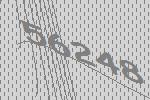
56248